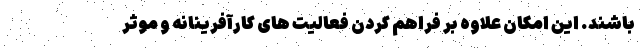
باشند. این امکان علاوه بر فراهم کردن فعالیت های کارآفرینانه و موثر